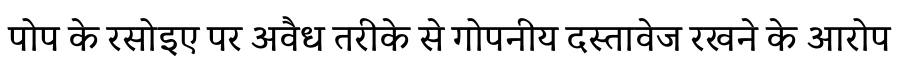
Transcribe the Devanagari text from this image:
पोप के रसोइए पर अवैध तरीके से गोपनीय दस्तावेज रखने के आरोप